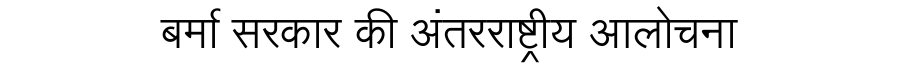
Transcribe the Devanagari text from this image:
बर्मा सरकार की अंतरराष्ट्रीय आलोचना